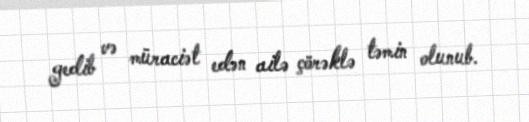
gedib və müraciət edən ailə çörəklə təmin olunub.